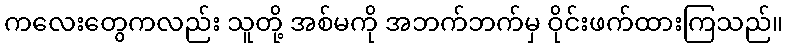
ကလေးတွေကလည်း သူတို့ အစ်မကို အဘက်ဘက်မှ ဝိုင်းဖက်ထားကြသည်။